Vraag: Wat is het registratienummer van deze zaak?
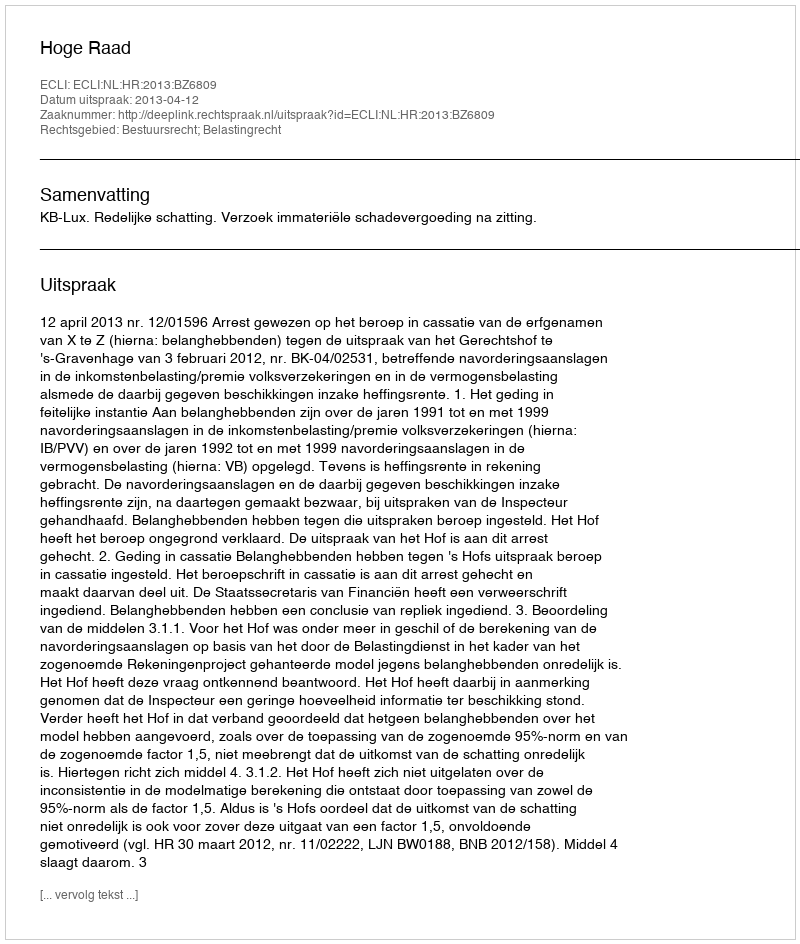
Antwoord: http://deeplink.rechtspraak.nl/uitspraak?id=ECLI:NL:HR:2013:BZ6809